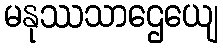
မနုဿသာဌေယျေ